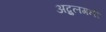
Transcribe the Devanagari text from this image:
अब्दुलगनी